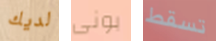
لديك بونى تسقط